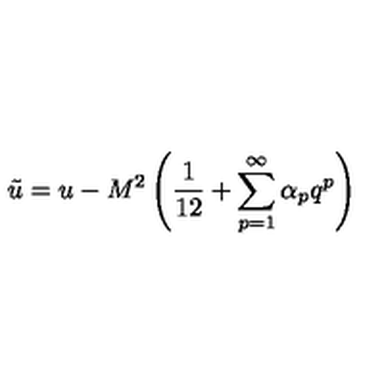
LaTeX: \tilde { u } = u - M ^ { 2 } \left( \frac { 1 } { 1 2 } + \sum _ { p = 1 } ^ { \infty } \alpha _ { p } q ^ { p } \right)